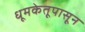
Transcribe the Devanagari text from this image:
धूमकेतूपासून